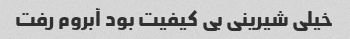
خیلی شیرینی بی کیفیت بود آبروم رفت